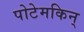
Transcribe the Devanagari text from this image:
पोटेमकिन्